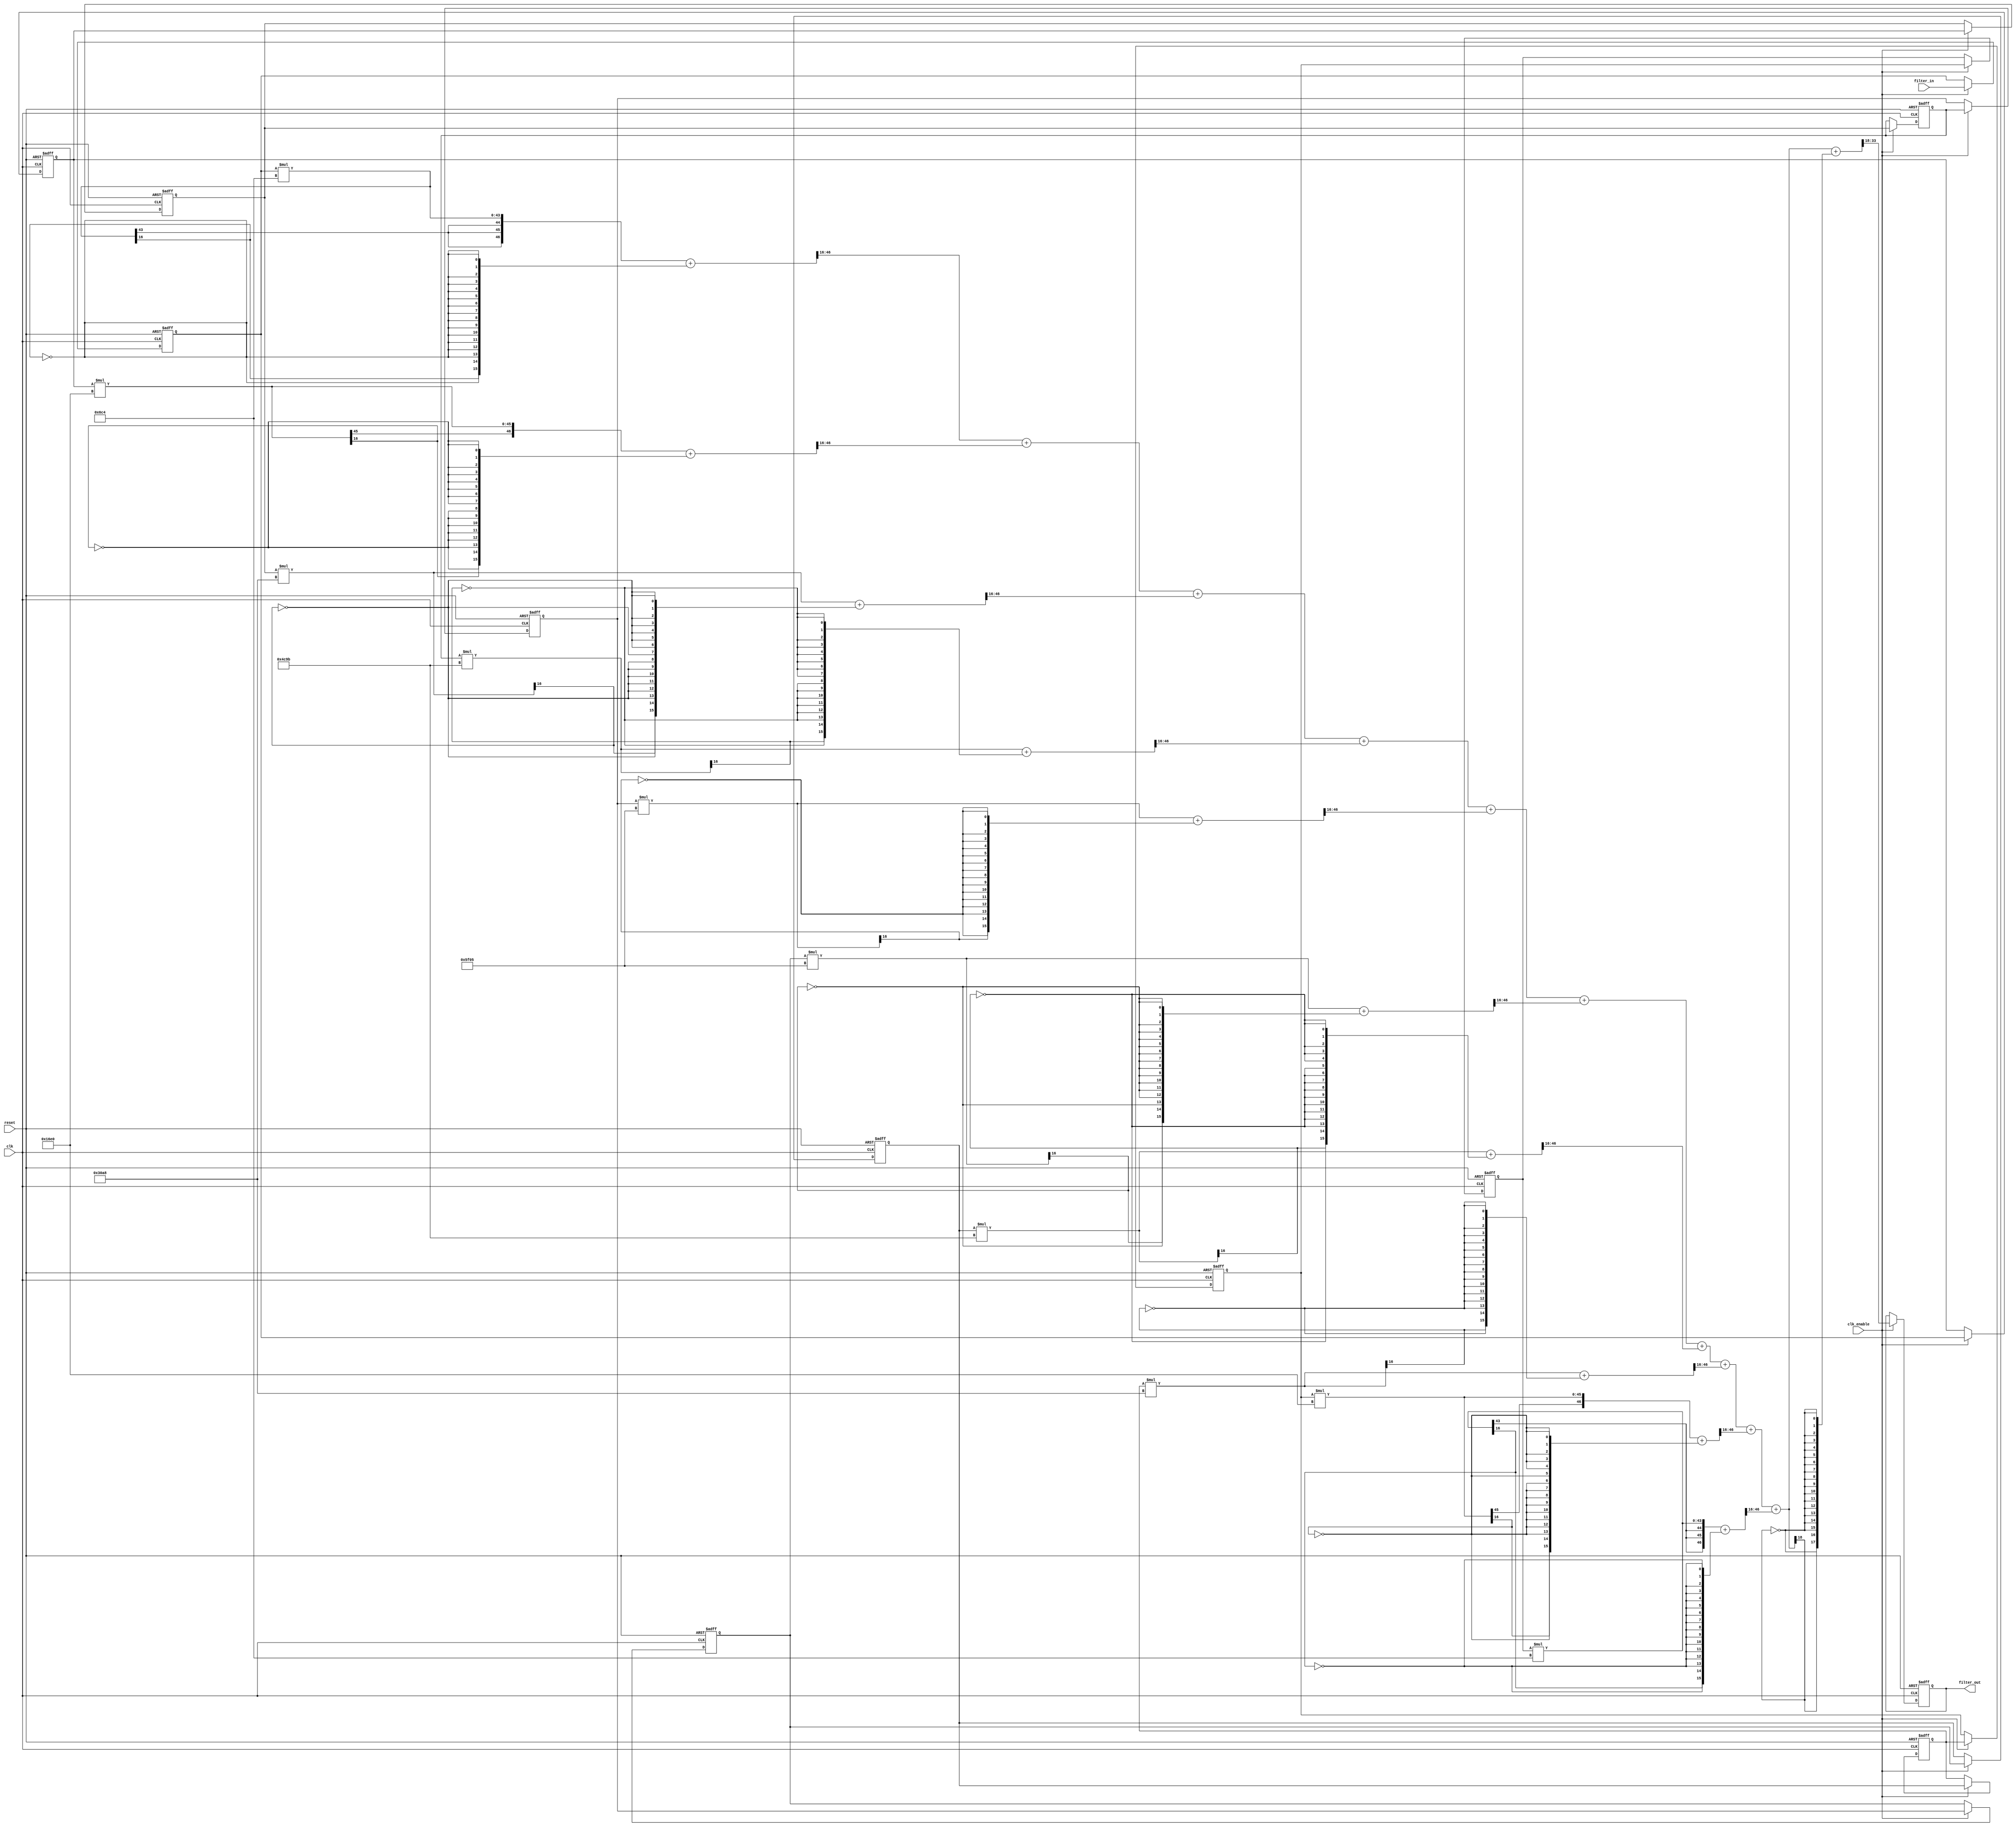
// -------------------------------------------------------------
//
// Module: filter
// Generated by MATLAB(R) 9.11 and Filter Design HDL Coder 3.1.10.
// Generated on: 2022-04-08 18:28:07
// -------------------------------------------------------------

// -------------------------------------------------------------
// HDL Code Generation Options:
//
// ResetAssertedLevel: Active-low
// TargetLanguage: Verilog
// TestBenchStimulus: impulse step ramp chirp noise 
// GenerateHDLTestBench: off

// -------------------------------------------------------------
// HDL Implementation    : Fully parallel
// Folding Factor        : 1
// -------------------------------------------------------------




`timescale 1 ns / 1 ns

module filter
               (
                clk,
                clk_enable,
                reset,
                filter_in,
                filter_out
                );

  input   clk; 
  input   clk_enable; 
  input   reset; 
  input   signed [31:0] filter_in; //sfix32_En31
  output  signed [15:0] filter_out; //sfix16_En15

////////////////////////////////////////////////////////////////
//Module Architecture: filter
////////////////////////////////////////////////////////////////
  // Local Functions
  // Type Definitions
  // Constants
  parameter signed [15:0] coeff1 = 16'b0000011011000100; //sfix16_En18
  parameter signed [15:0] coeff2 = 16'b0001011011100000; //sfix16_En18
  parameter signed [15:0] coeff3 = 16'b0011000010101000; //sfix16_En18
  parameter signed [15:0] coeff4 = 16'b0100110010011011; //sfix16_En18
  parameter signed [15:0] coeff5 = 16'b0101111100000101; //sfix16_En18
  parameter signed [15:0] coeff6 = 16'b0101111100000101; //sfix16_En18
  parameter signed [15:0] coeff7 = 16'b0100110010011011; //sfix16_En18
  parameter signed [15:0] coeff8 = 16'b0011000010101000; //sfix16_En18
  parameter signed [15:0] coeff9 = 16'b0001011011100000; //sfix16_En18
  parameter signed [15:0] coeff10 = 16'b0000011011000100; //sfix16_En18

  // Signals
  reg  signed [31:0] delay_pipeline [0:9] ; // sfix32_En31
  wire signed [30:0] product10; // sfix31_En33
  wire signed [47:0] mul_temp; // sfix48_En49
  wire signed [30:0] product9; // sfix31_En33
  wire signed [47:0] mul_temp_1; // sfix48_En49
  wire signed [30:0] product8; // sfix31_En33
  wire signed [47:0] mul_temp_2; // sfix48_En49
  wire signed [30:0] product7; // sfix31_En33
  wire signed [47:0] mul_temp_3; // sfix48_En49
  wire signed [30:0] product6; // sfix31_En33
  wire signed [47:0] mul_temp_4; // sfix48_En49
  wire signed [30:0] product5; // sfix31_En33
  wire signed [47:0] mul_temp_5; // sfix48_En49
  wire signed [30:0] product4; // sfix31_En33
  wire signed [47:0] mul_temp_6; // sfix48_En49
  wire signed [30:0] product3; // sfix31_En33
  wire signed [47:0] mul_temp_7; // sfix48_En49
  wire signed [30:0] product2; // sfix31_En33
  wire signed [47:0] mul_temp_8; // sfix48_En49
  wire signed [33:0] product1_cast; // sfix34_En33
  wire signed [30:0] product1; // sfix31_En33
  wire signed [47:0] mul_temp_9; // sfix48_En49
  wire signed [33:0] sum1; // sfix34_En33
  wire signed [33:0] add_signext; // sfix34_En33
  wire signed [33:0] add_signext_1; // sfix34_En33
  wire signed [34:0] add_temp; // sfix35_En33
  wire signed [33:0] sum2; // sfix34_En33
  wire signed [33:0] add_signext_2; // sfix34_En33
  wire signed [33:0] add_signext_3; // sfix34_En33
  wire signed [34:0] add_temp_1; // sfix35_En33
  wire signed [33:0] sum3; // sfix34_En33
  wire signed [33:0] add_signext_4; // sfix34_En33
  wire signed [33:0] add_signext_5; // sfix34_En33
  wire signed [34:0] add_temp_2; // sfix35_En33
  wire signed [33:0] sum4; // sfix34_En33
  wire signed [33:0] add_signext_6; // sfix34_En33
  wire signed [33:0] add_signext_7; // sfix34_En33
  wire signed [34:0] add_temp_3; // sfix35_En33
  wire signed [33:0] sum5; // sfix34_En33
  wire signed [33:0] add_signext_8; // sfix34_En33
  wire signed [33:0] add_signext_9; // sfix34_En33
  wire signed [34:0] add_temp_4; // sfix35_En33
  wire signed [33:0] sum6; // sfix34_En33
  wire signed [33:0] add_signext_10; // sfix34_En33
  wire signed [33:0] add_signext_11; // sfix34_En33
  wire signed [34:0] add_temp_5; // sfix35_En33
  wire signed [33:0] sum7; // sfix34_En33
  wire signed [33:0] add_signext_12; // sfix34_En33
  wire signed [33:0] add_signext_13; // sfix34_En33
  wire signed [34:0] add_temp_6; // sfix35_En33
  wire signed [33:0] sum8; // sfix34_En33
  wire signed [33:0] add_signext_14; // sfix34_En33
  wire signed [33:0] add_signext_15; // sfix34_En33
  wire signed [34:0] add_temp_7; // sfix35_En33
  wire signed [33:0] sum9; // sfix34_En33
  wire signed [33:0] add_signext_16; // sfix34_En33
  wire signed [33:0] add_signext_17; // sfix34_En33
  wire signed [34:0] add_temp_8; // sfix35_En33
  wire signed [15:0] output_typeconvert; // sfix16_En15
  reg  signed [15:0] output_register; // sfix16_En15

  // Block Statements
  always @( posedge clk or negedge reset)
    begin: Delay_Pipeline_process
      if (reset == 1'b0) begin
        delay_pipeline[0] <= 0;
        delay_pipeline[1] <= 0;
        delay_pipeline[2] <= 0;
        delay_pipeline[3] <= 0;
        delay_pipeline[4] <= 0;
        delay_pipeline[5] <= 0;
        delay_pipeline[6] <= 0;
        delay_pipeline[7] <= 0;
        delay_pipeline[8] <= 0;
        delay_pipeline[9] <= 0;
      end
      else begin
        if (clk_enable == 1'b1) begin
          delay_pipeline[0] <= filter_in;
          delay_pipeline[1] <= delay_pipeline[0];
          delay_pipeline[2] <= delay_pipeline[1];
          delay_pipeline[3] <= delay_pipeline[2];
          delay_pipeline[4] <= delay_pipeline[3];
          delay_pipeline[5] <= delay_pipeline[4];
          delay_pipeline[6] <= delay_pipeline[5];
          delay_pipeline[7] <= delay_pipeline[6];
          delay_pipeline[8] <= delay_pipeline[7];
          delay_pipeline[9] <= delay_pipeline[8];
        end
      end
    end // Delay_Pipeline_process


  assign mul_temp = delay_pipeline[9] * coeff10;
  assign product10 = (mul_temp[46:0] + {mul_temp[16], {15{~mul_temp[16]}}})>>>16;

  assign mul_temp_1 = delay_pipeline[8] * coeff9;
  assign product9 = (mul_temp_1[46:0] + {mul_temp_1[16], {15{~mul_temp_1[16]}}})>>>16;

  assign mul_temp_2 = delay_pipeline[7] * coeff8;
  assign product8 = (mul_temp_2[46:0] + {mul_temp_2[16], {15{~mul_temp_2[16]}}})>>>16;

  assign mul_temp_3 = delay_pipeline[6] * coeff7;
  assign product7 = (mul_temp_3[46:0] + {mul_temp_3[16], {15{~mul_temp_3[16]}}})>>>16;

  assign mul_temp_4 = delay_pipeline[5] * coeff6;
  assign product6 = (mul_temp_4[46:0] + {mul_temp_4[16], {15{~mul_temp_4[16]}}})>>>16;

  assign mul_temp_5 = delay_pipeline[4] * coeff5;
  assign product5 = (mul_temp_5[46:0] + {mul_temp_5[16], {15{~mul_temp_5[16]}}})>>>16;

  assign mul_temp_6 = delay_pipeline[3] * coeff4;
  assign product4 = (mul_temp_6[46:0] + {mul_temp_6[16], {15{~mul_temp_6[16]}}})>>>16;

  assign mul_temp_7 = delay_pipeline[2] * coeff3;
  assign product3 = (mul_temp_7[46:0] + {mul_temp_7[16], {15{~mul_temp_7[16]}}})>>>16;

  assign mul_temp_8 = delay_pipeline[1] * coeff2;
  assign product2 = (mul_temp_8[46:0] + {mul_temp_8[16], {15{~mul_temp_8[16]}}})>>>16;

  assign product1_cast = $signed({{3{product1[30]}}, product1});

  assign mul_temp_9 = delay_pipeline[0] * coeff1;
  assign product1 = (mul_temp_9[46:0] + {mul_temp_9[16], {15{~mul_temp_9[16]}}})>>>16;

  assign add_signext = product1_cast;
  assign add_signext_1 = $signed({{3{product2[30]}}, product2});
  assign add_temp = add_signext + add_signext_1;
  assign sum1 = add_temp[33:0];

  assign add_signext_2 = sum1;
  assign add_signext_3 = $signed({{3{product3[30]}}, product3});
  assign add_temp_1 = add_signext_2 + add_signext_3;
  assign sum2 = add_temp_1[33:0];

  assign add_signext_4 = sum2;
  assign add_signext_5 = $signed({{3{product4[30]}}, product4});
  assign add_temp_2 = add_signext_4 + add_signext_5;
  assign sum3 = add_temp_2[33:0];

  assign add_signext_6 = sum3;
  assign add_signext_7 = $signed({{3{product5[30]}}, product5});
  assign add_temp_3 = add_signext_6 + add_signext_7;
  assign sum4 = add_temp_3[33:0];

  assign add_signext_8 = sum4;
  assign add_signext_9 = $signed({{3{product6[30]}}, product6});
  assign add_temp_4 = add_signext_8 + add_signext_9;
  assign sum5 = add_temp_4[33:0];

  assign add_signext_10 = sum5;
  assign add_signext_11 = $signed({{3{product7[30]}}, product7});
  assign add_temp_5 = add_signext_10 + add_signext_11;
  assign sum6 = add_temp_5[33:0];

  assign add_signext_12 = sum6;
  assign add_signext_13 = $signed({{3{product8[30]}}, product8});
  assign add_temp_6 = add_signext_12 + add_signext_13;
  assign sum7 = add_temp_6[33:0];

  assign add_signext_14 = sum7;
  assign add_signext_15 = $signed({{3{product9[30]}}, product9});
  assign add_temp_7 = add_signext_14 + add_signext_15;
  assign sum8 = add_temp_7[33:0];

  assign add_signext_16 = sum8;
  assign add_signext_17 = $signed({{3{product10[30]}}, product10});
  assign add_temp_8 = add_signext_16 + add_signext_17;
  assign sum9 = add_temp_8[33:0];

  assign output_typeconvert = (sum9[33:0] + {sum9[18], {17{~sum9[18]}}})>>>18;

  always @ (posedge clk or negedge reset)
    begin: Output_Register_process
      if (reset == 1'b0) begin
        output_register <= 0;
      end
      else begin
        if (clk_enable == 1'b1) begin
          output_register <= output_typeconvert;
        end
      end
    end // Output_Register_process

  // Assignment Statements
  assign filter_out = output_register;
endmodule  // filter